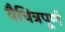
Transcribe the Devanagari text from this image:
वैचित्रपूर्ण